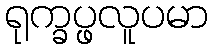
ရုက္ခပ္ဖလူပမာ